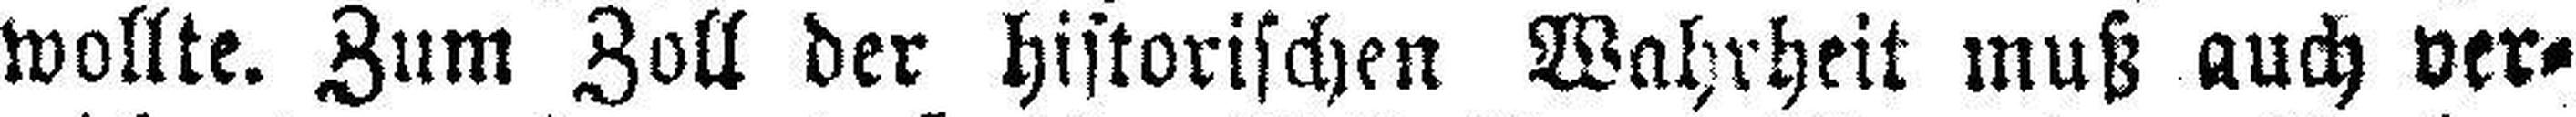
wollte. Zum Zoll der historischen Wahrheit muß auch ver¬